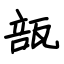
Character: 瓿